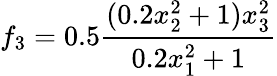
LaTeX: f_{3}=0.5\frac{(0.2x_{2}^{2}+1)x_{3}^{2}}{0.2x_{1}^{2}+1}